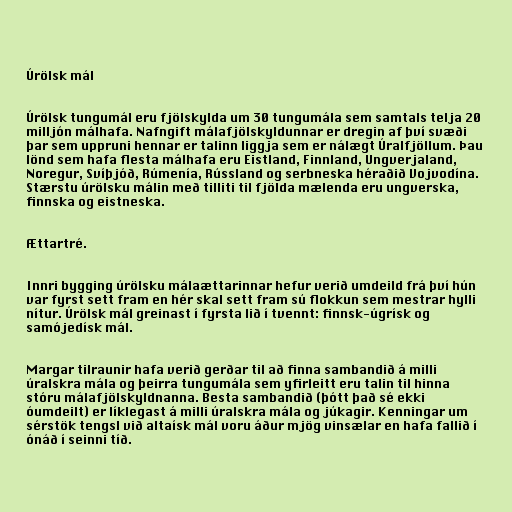
Úrölsk mál

Úrölsk tungumál eru fjölskylda um 30 tungumála sem samtals telja 20
milljón málhafa. Nafngift málafjölskyldunnar er dregin af því svæði
þar sem uppruni hennar er talinn liggja sem er nálægt Úralfjöllum. Þau
lönd sem hafa flesta málhafa eru Eistland, Finnland, Ungverjaland,
Noregur, Svíþjóð, Rúmenía, Rússland og serbneska héraðið Vojvodína.
Stærstu úrölsku málin með tilliti til fjölda mælenda eru ungverska,
finnska og eistneska.

Ættartré.

Innri bygging úrölsku málaættarinnar hefur verið umdeild frá því hún
var fyrst sett fram en hér skal sett fram sú flokkun sem mestrar hylli
nítur. Úrölsk mál greinast í fyrsta lið í tvennt: finnsk-úgrísk og
samójedísk mál.

Margar tilraunir hafa verið gerðar til að finna sambandið á milli
úralskra mála og þeirra tungumála sem yfirleitt eru talin til hinna
stóru málafjölskyldnanna. Besta sambandið (þótt það sé ekki
óumdeilt) er líklegast á milli úralskra mála og júkagir. Kenningar um
sérstök tengsl við altaísk mál voru áður mjög vinsælar en hafa fallið í
ónáð í seinni tíð.